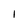
Character: 1